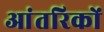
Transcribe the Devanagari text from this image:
आंतरिकों